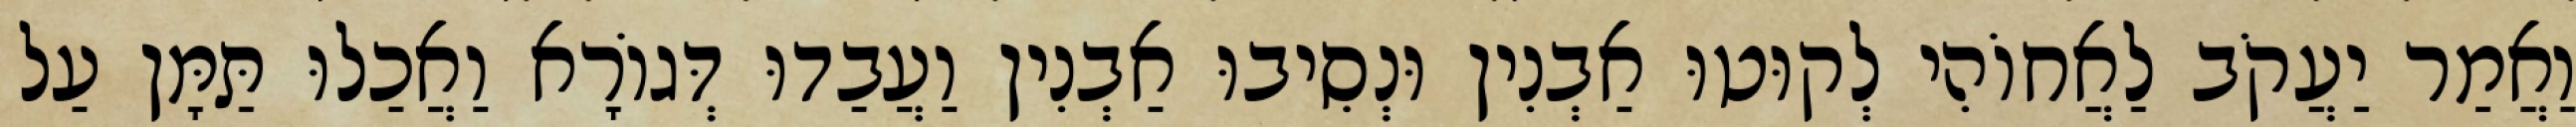
וַאֲמַר יַעֲקֹב לַאֲחוֹהִי לְקוּטוּ אַבְנִין וּנְסִיבוּ אַבְנִין וַעֲבַדוּ דְּגוֹרָא וַאֲכַלוּ תַּמָּן עַל